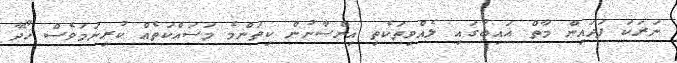
ނަރަކަ ފަދައިން މާތް ޣައިބުގައި ލެއްވިތަކެތި އިންސާނުން ކިތަންމެ މަސައްކަތެއް ކުރިނަމަވެސް ހޯދާ